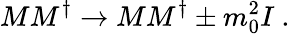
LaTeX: MM^{\dagger}\rightarrow MM^{\dagger}\pm m_{0}^{2}I~.